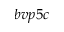
b v p 5 c